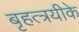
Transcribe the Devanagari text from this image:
बृहत्त्रयीके